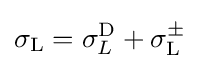
\sigma _{\text{L}}=\sigma _{L}^{\text{D}}+\sigma _{\text{L}}^{\pm }